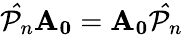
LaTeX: \mathcal{\hat{P}}_{n}\mathbf{A_{0}}=\mathbf{A_{0}}\mathcal{\hat{P}}_{n}